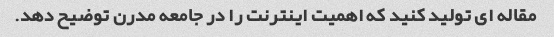
مقاله ای تولید کنید که اهمیت اینترنت را در جامعه مدرن توضیح دهد.